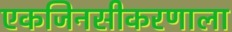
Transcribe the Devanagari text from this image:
एकजिनसीकरणाला